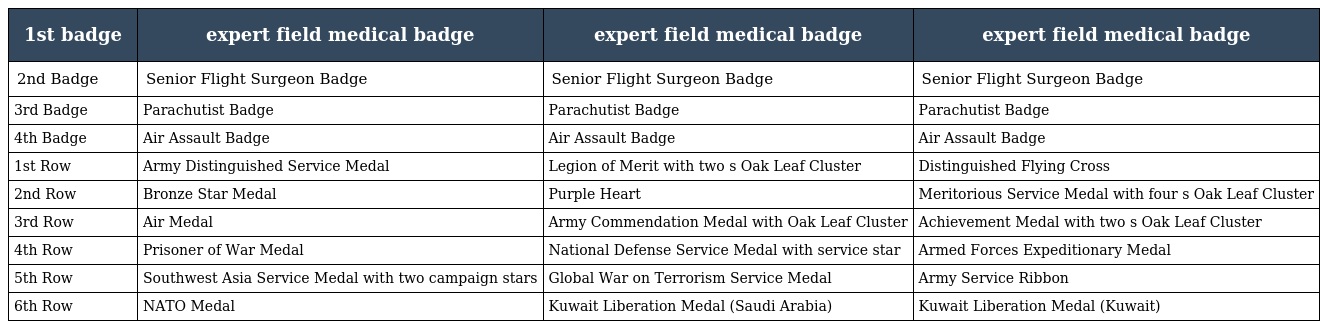
| 1st badge | expert field medical badge | expert field medical badge | expert field medical badge |
 | --- | --- | --- | --- |
 | 2nd Badge | Senior Flight Surgeon Badge | Senior Flight Surgeon Badge | Senior Flight Surgeon Badge |
 | 3rd Badge | Parachutist Badge | Parachutist Badge | Parachutist Badge |
 | 4th Badge | Air Assault Badge | Air Assault Badge | Air Assault Badge |
 | 1st Row | Army Distinguished Service Medal | Legion of Merit with two s Oak Leaf Cluster | Distinguished Flying Cross |
 | 2nd Row | Bronze Star Medal | Purple Heart | Meritorious Service Medal with four s Oak Leaf Cluster |
 | 3rd Row | Air Medal | Army Commendation Medal with Oak Leaf Cluster | Achievement Medal with two s Oak Leaf Cluster |
 | 4th Row | Prisoner of War Medal | National Defense Service Medal with service star | Armed Forces Expeditionary Medal |
 | 5th Row | Southwest Asia Service Medal with two campaign stars | Global War on Terrorism Service Medal | Army Service Ribbon |
 | 6th Row | NATO Medal | Kuwait Liberation Medal (Saudi Arabia) | Kuwait Liberation Medal (Kuwait) |